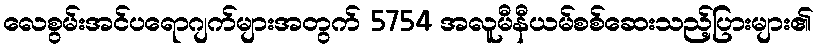
လေစွမ်းအင်ပရောဂျက်များအတွက် 5754 အလူမီနီယမ်စစ်ဆေးသည့်ပြားများ၏